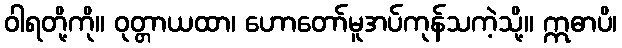
ဝါရတို့ကို။ ဝုတ္တာယထာ၊ ဟောတော်မူအပ်ကုန်သကဲ့သို့။ ဣဓာပိ၊